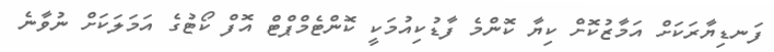
ފަނޑިޔާރަކަށް އަމާޒުކޮށް ކިޔާ ކޮންމެ ފާޑުކިއުމަކީ ކޮންޓެމްޕްޓް އޮފް ކޯޓުގެ އަމަލަކަށް ނުވާނެ